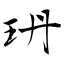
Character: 玬